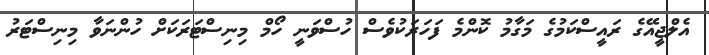
އެލްޖީއޭގެ ރައީސްކަމުގެ މަގާމު ކޮންމެ ފަހަރަކުވެސް ހުސްވަނީ ހޯމް މިނިސްޓަރަކަށް ހުންނަވާ މިނިސްޓަރު